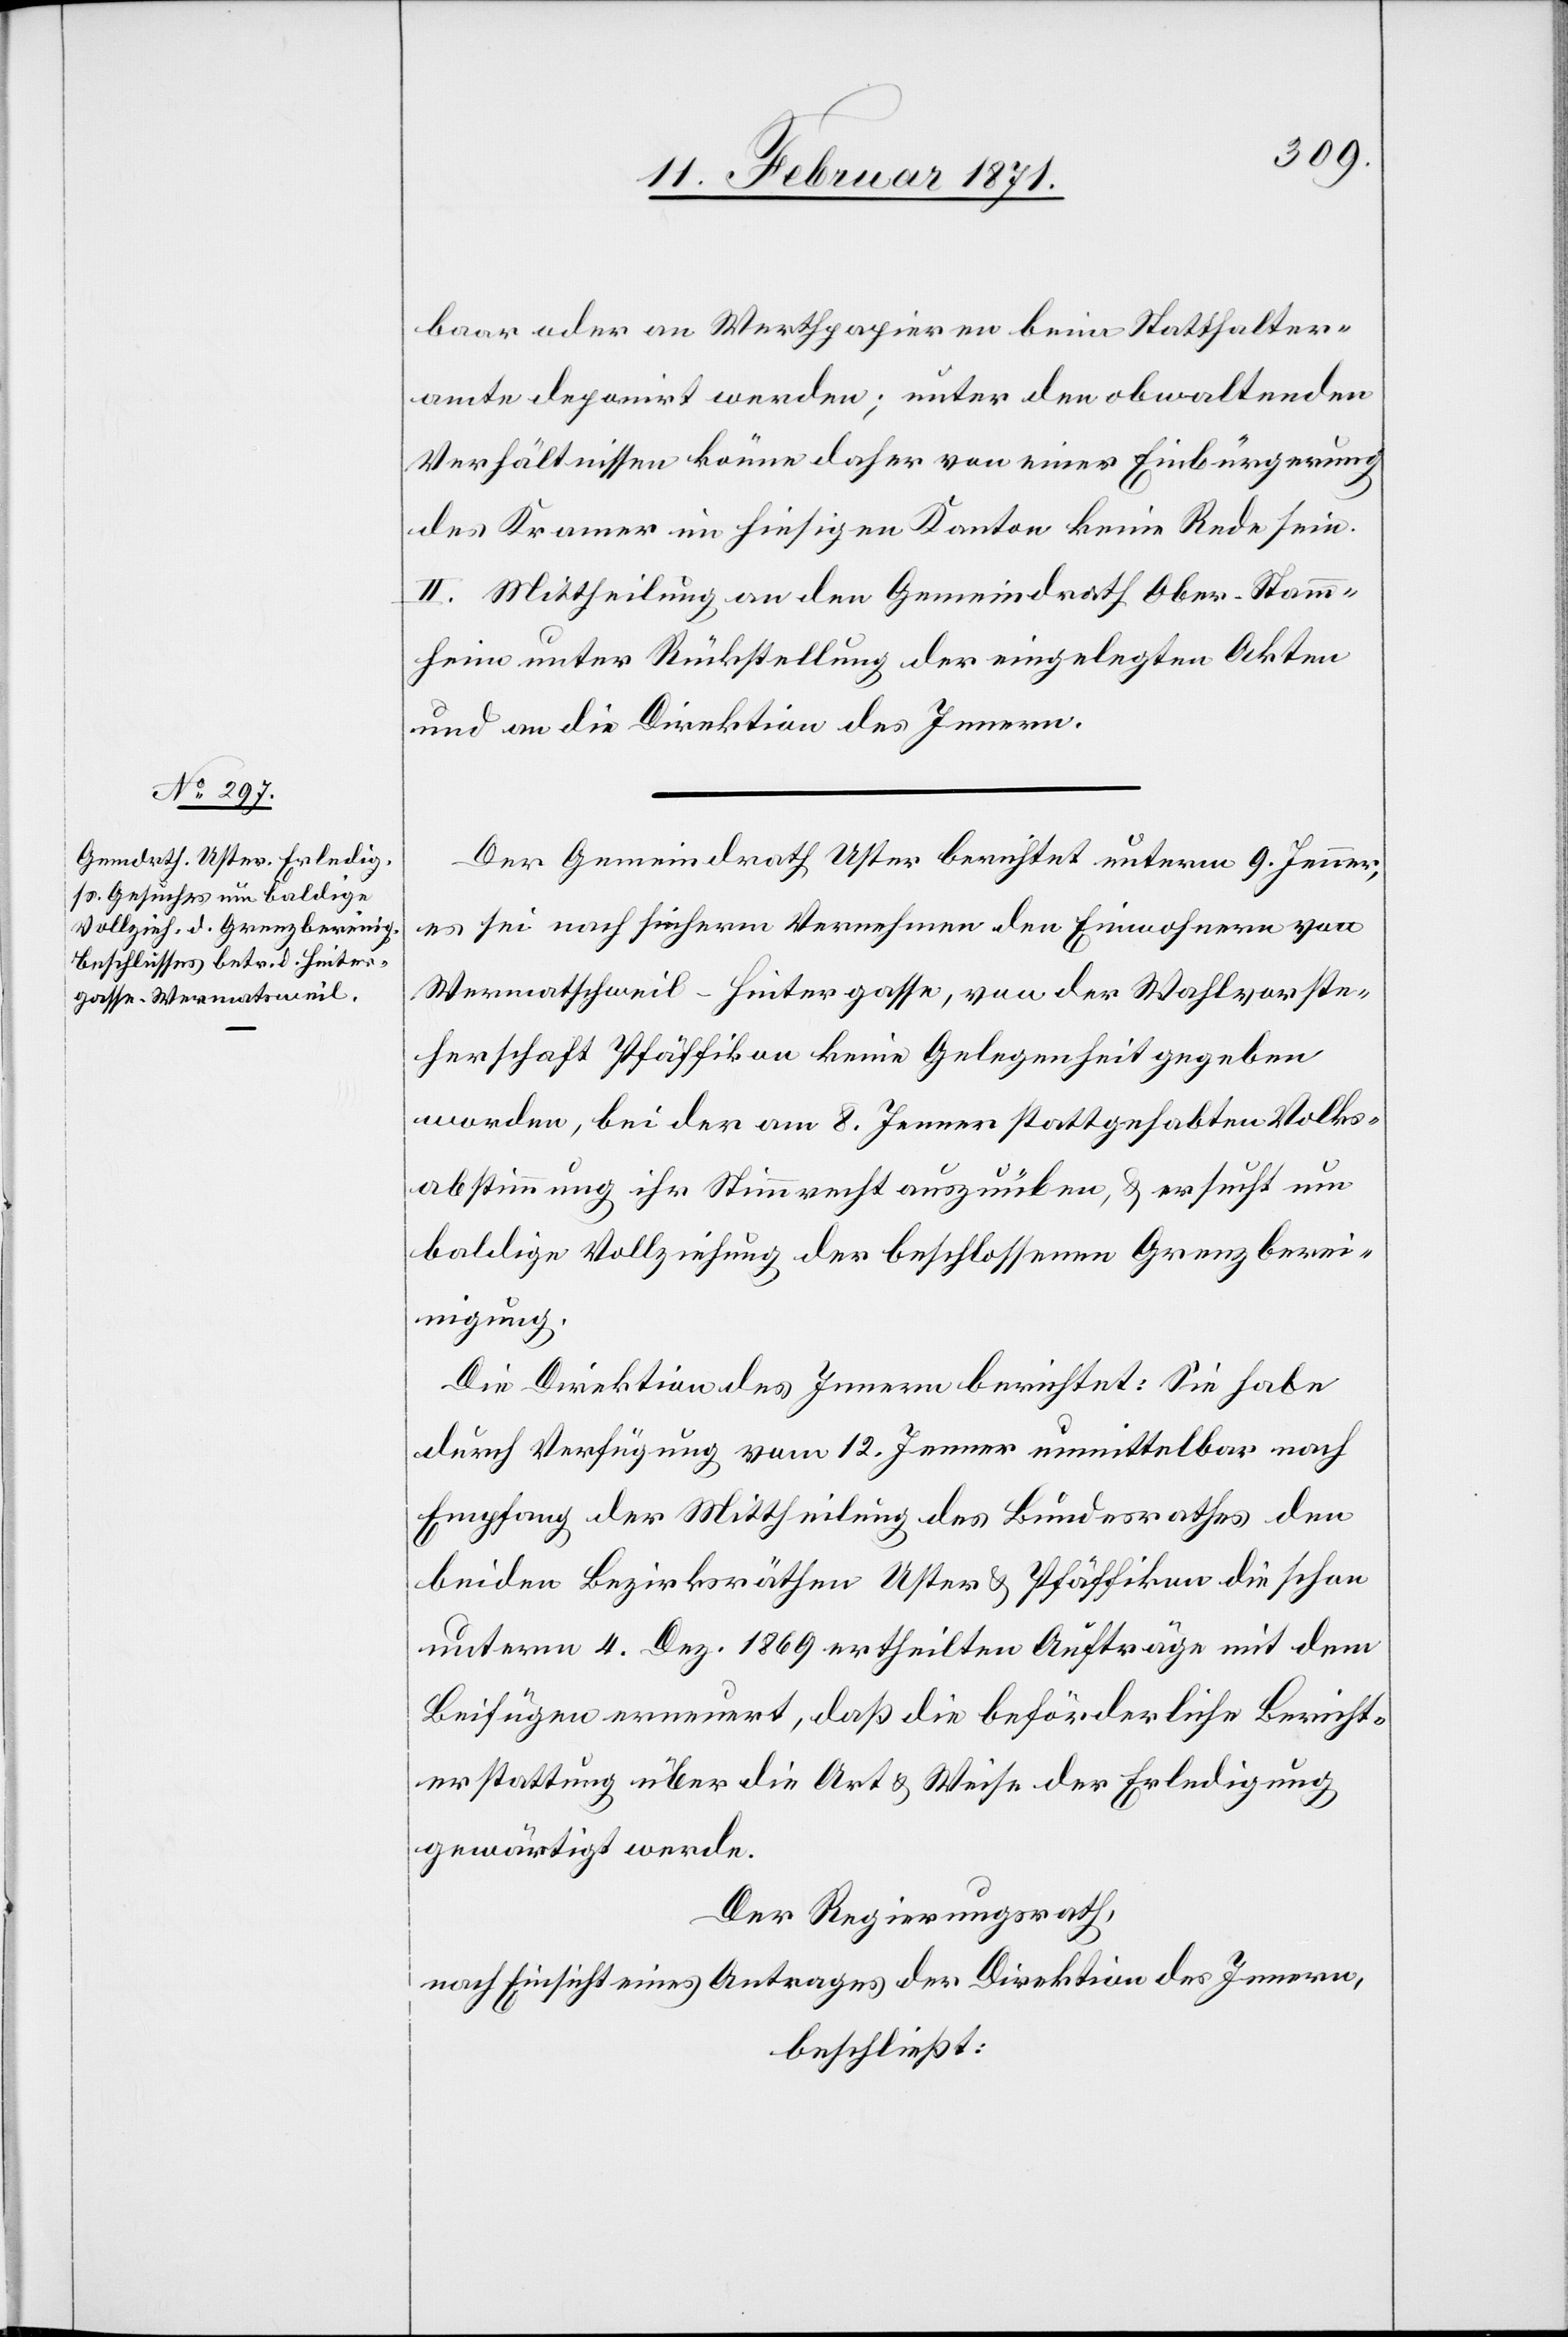
baar oder an Werthpapieren beim Statthalter¬
amte deponirt werden; unter den obwaltenden
Verhältnissen könne daher von einer Einbürgerung
des Kramer im hiesigen Kanton keine Rede sein.
II. Mittheilung an den Gemeindrath Ober-Stamm¬
heim unter Rückstellung der eingelegten Akten
und an die Direktion des Innern.
Der Gemeindrath Uster berichtet unterm 9. Jenner,
es sei nach sicherm Vernehmen den Einwohnern von
Wermatschweil-Hintergasse [sic!], von der Wahlvorste¬
herschaft Pfäffikon keine Gelegenheit gegeben
worden, bei der am 8. Jenner stattgehabten Volks¬
abstimmung ihr Stimmrecht auszuüben, u. ersucht um
baldige Vollziehung der beschlossenen Grenzberei¬
nigung.
Die Direktion des Innern berichtet: Sie habe
durch Verfügung vom 12. Jenner unmittelbar nach
Empfang der Mittheilung des Bundesrathes den
beiden Bezirksräthen Uster u. Pfäffikon die schon
unterm 4. Dez. 1869 ertheilten Aufträge mit dem
Beifügen erneuert, daß die beförderliche Bericht¬
erstattung über die Art u. Weise der Erledigung
gewärtigt werde.
Der Regierungsrath,
nach Einsicht eines Antrages der Direktion des Innern,
beschließt: